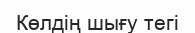
Көлдің шығу тегі